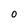
Character: 0